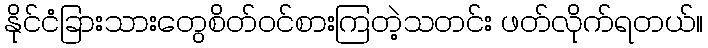
နိုင်ငံခြားသားတွေစိတ်ဝင်စားကြတဲ့သတင်း ဖတ်လိုက်ရတယ်။